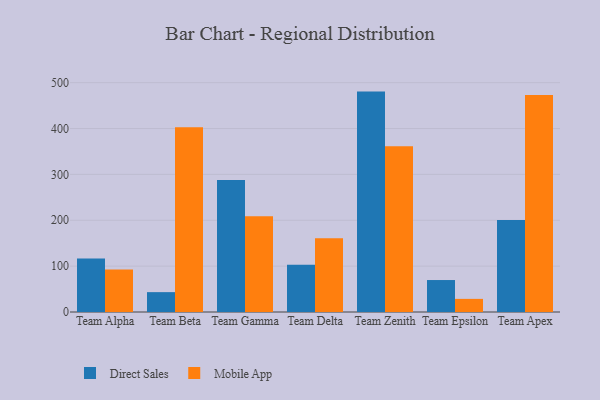
{"axis": {"x": "Team", "y": "LTV (USD)"}, "legend": ["Direct Sales", "Mobile App"], "data": [{"x": "Team Alpha", "y": 116.5, "type": "Direct Sales"}, {"x": "Team Alpha", "y": 92.5, "type": "Mobile App"}, {"x": "Team Beta", "y": 43.3, "type": "Direct Sales"}, {"x": "Team Beta", "y": 402.7, "type": "Mobile App"}, {"x": "Team Gamma", "y": 287.6, "type": "Direct Sales"}, {"x": "Team Gamma", "y": 208.9, "type": "Mobile App"}, {"x": "Team Delta", "y": 103.1, "type": "Direct Sales"}, {"x": "Team Delta", "y": 160.6, "type": "Mobile App"}, {"x": "Team Zenith", "y": 480.5, "type": "Direct Sales"}, {"x": "Team Zenith", "y": 361.2, "type": "Mobile App"}, {"x": "Team Epsilon", "y": 69.7, "type": "Direct Sales"}, {"x": "Team Epsilon", "y": 28.6, "type": "Mobile App"}, {"x": "Team Apex", "y": 200.7, "type": "Direct Sales"}, {"x": "Team Apex", "y": 473.0, "type": "Mobile App"}]}